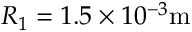
R _ { 1 } = 1 . 5 \times 1 0 ^ { - 3 } \mathrm { m }